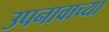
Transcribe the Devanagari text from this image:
उपनावाच्या